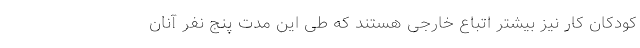
کودکان کار نیز بیشتر اتباع خارجی هستند که طی این مدت پنج نفر آنان